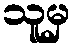
သူမှ